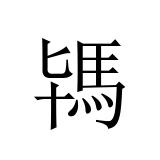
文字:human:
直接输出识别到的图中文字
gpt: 駂